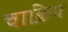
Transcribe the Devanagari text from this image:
चाक्रिय